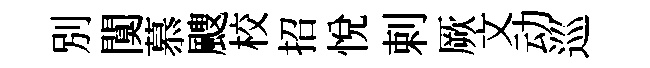
別闃慕颼校招悦剌厥文动巡